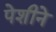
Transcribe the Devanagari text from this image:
पेशीने